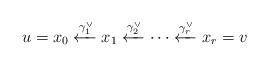
LaTeX: \begin{align*}u = x_0 \xleftarrow{\gamma_1^\lor} x_1 \xleftarrow{\gamma_2^\lor} \cdots \xleftarrow{\gamma_r^\lor} x_r =v\end{align*}